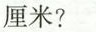
厘米?